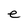
Character: e